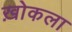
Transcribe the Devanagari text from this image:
ख़ोकला